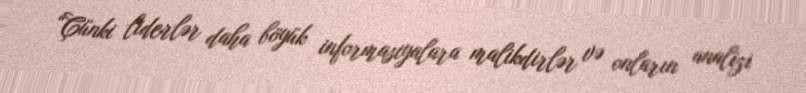
“Çünki liderlər daha böyük informasiyalara malikdirlər və onların analizi